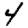
Digit: 4